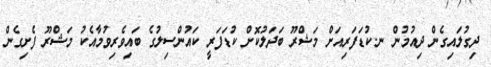
ދިގުލައިގެން ދިއުމުން ނ.ކުޑަފަރިއަށް މަޝްރޫ ބަދަލުކޮށް ކުޑަފަރީ ކައުންސިލުގެ ބައިވެރިވުމާއެކު މަޝްރޫ ފެށިގެން